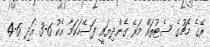
ރޭގެ މެޗުގެ ސެޓުތައް މަރޭ ގެންދިޔައީ ފަސޭހަކަމާ އެކު 6-3 އަދި 6-4